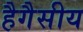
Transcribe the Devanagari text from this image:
हैगैसीय